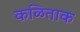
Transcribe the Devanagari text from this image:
कळिताक